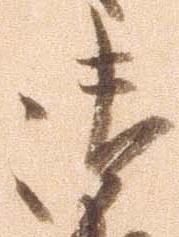
御